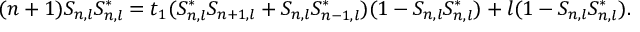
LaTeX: ( n + 1 ) S _ { n , l } S _ { n , l } ^ { * } = t _ { 1 } ( S _ { n , l } ^ { * } S _ { n + 1 , l } + S _ { n , l } S _ { n - 1 , l } ^ { * } ) ( 1 - S _ { n , l } S _ { n , l } ^ { * } ) + l ( 1 - S _ { n , l } S _ { n , l } ^ { * } ) .